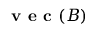
\textbf { v e c } ( B )